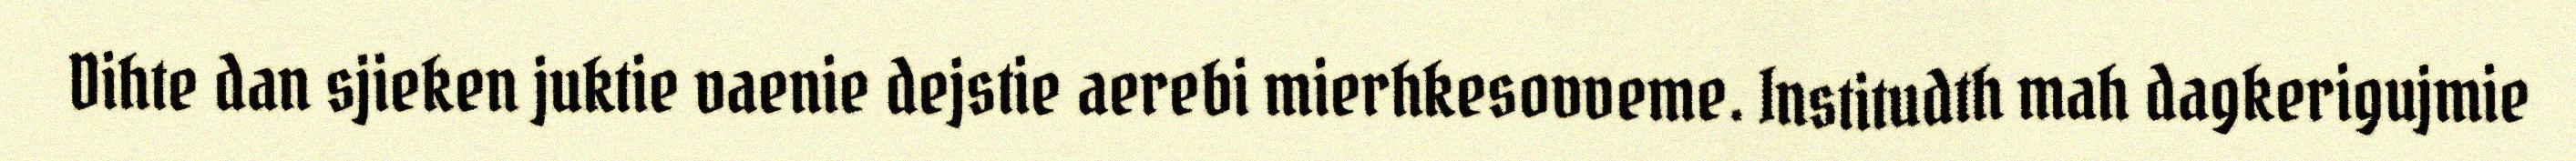
Dihte dan sjieken juktie vaenie dejstie aerebi mierhkesovveme. Institudth mah dagkerigujmie